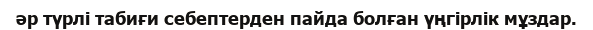
әр түрлі табиғи себептерден пайда болған үңгірлік мұздар.